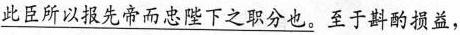
\underline{此臣所以报先帝而忠陛下之职分也。}至于斟酌损益，